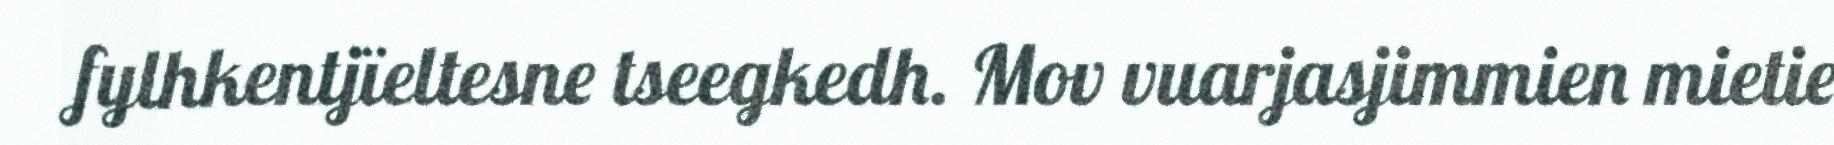
fylhkentjïeltesne tseegkedh. Mov vuarjasjimmien mietie